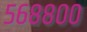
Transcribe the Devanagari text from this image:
५६८८००